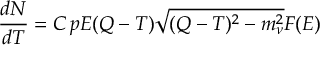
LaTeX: \frac { d N } { d T } = C \, p E ( Q - T ) \sqrt { ( Q - T ) ^ { 2 } - m _ { \nu } ^ { 2 } } F ( E )